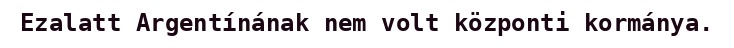
Ezalatt Argentínának nem volt központi kormánya.